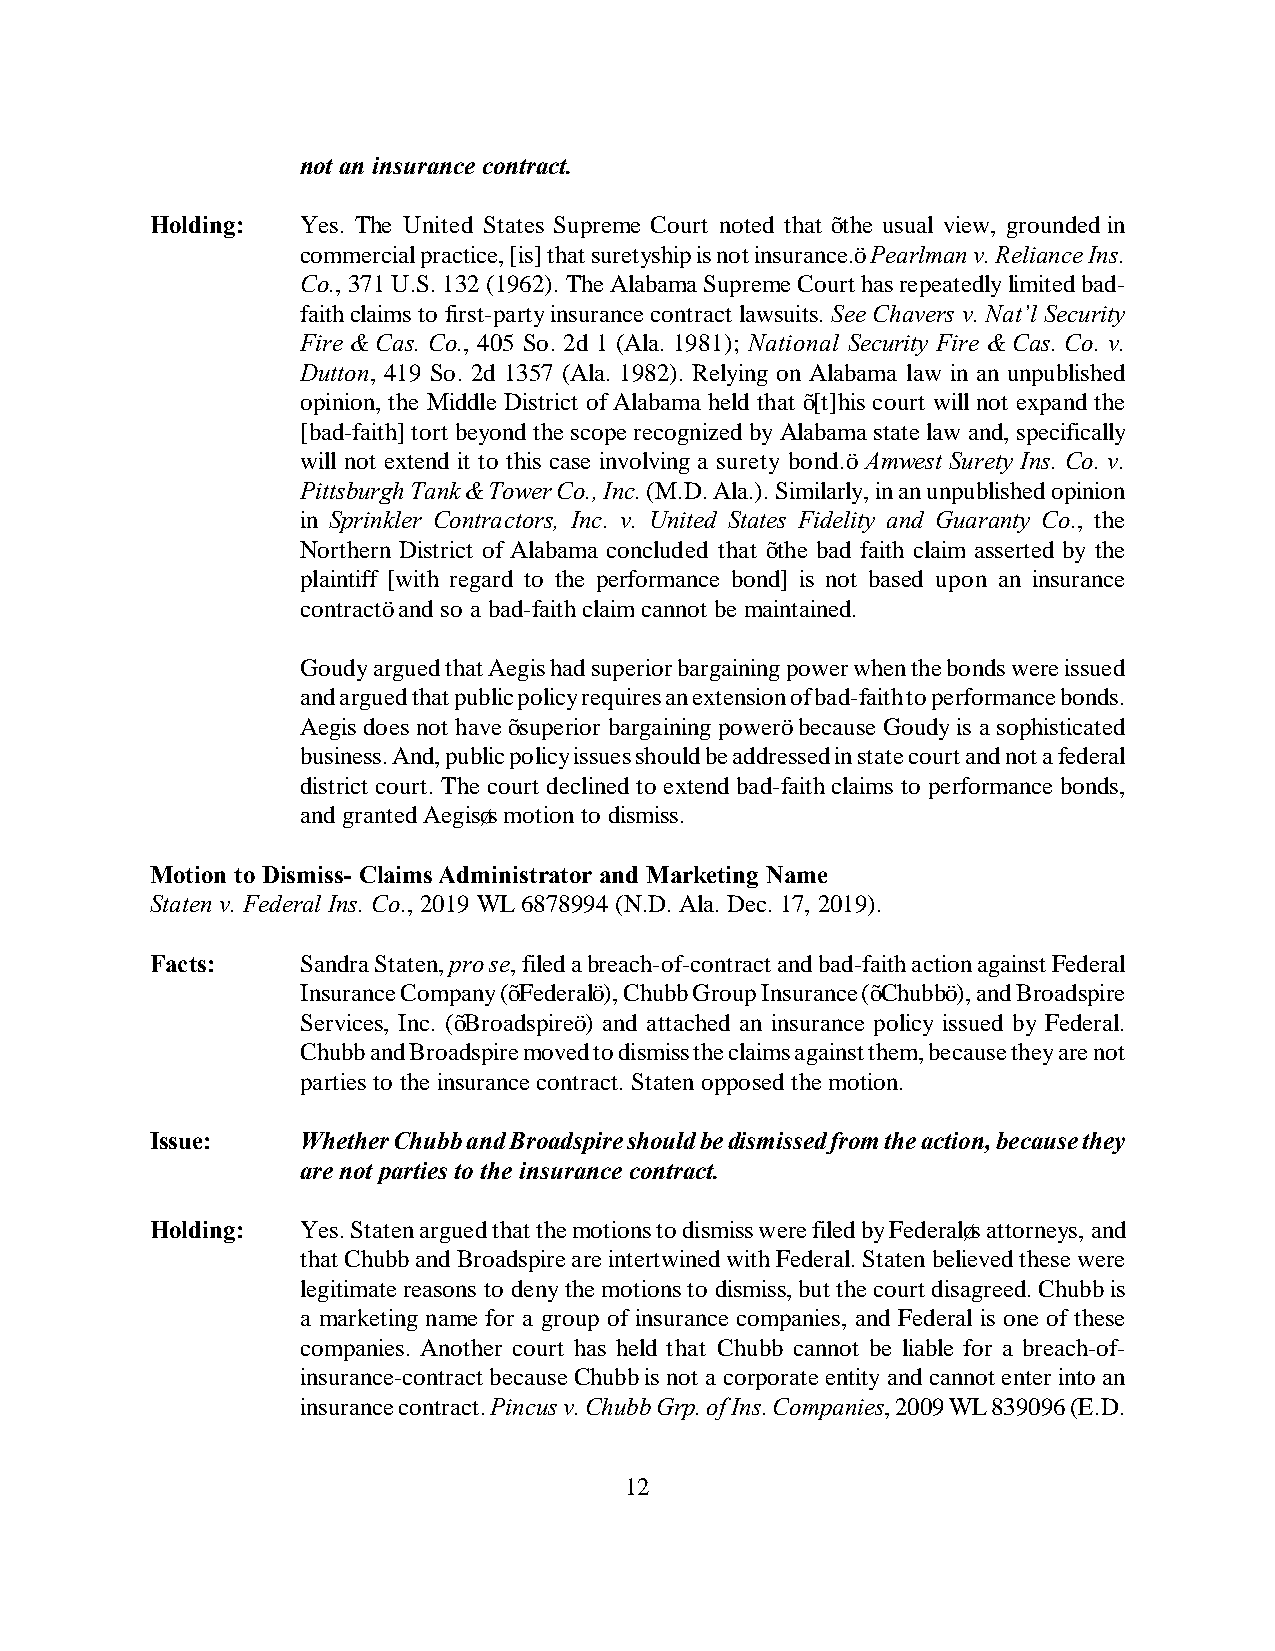
not an insurance contract.
 Holding:  Yes. The United States Supreme Court noted that “the usual view, grounded in
 commercial practice, [is] that suretyship is not insurance.” Pearlman v. Reliance Ins.
 Co., 371 U.S. 132 (1962). The Alabama Supreme Court has repeatedly limited bad-
 faith claims to first-party insurance contract lawsuits. See Chavers v. Nat’l Security
 Fire & Cas. Co., 405 So. 2d 1 (Ala. 1981); National Security Fire & Cas. Co. v.
 Dutton, 419 So. 2d 1357 (Ala. 1982). Relying on Alabama law in an unpublished
 opinion, the Middle District of Alabama held that “[t]his court will not expand the
 [bad-faith] tort beyond the scope recognized by Alabama state law and, specifically
 will not extend it to this case involving a surety bond.” Amwest Surety Ins. Co. v.
 Pittsburgh Tank & Tower Co., Inc. (M.D. Ala.). Similarly, in an unpublished opinion
 in Sprinkler Contractors, Inc. v. United States Fidelity and Guaranty Co., the
 Northern District of Alabama concluded that “the bad faith claim asserted by the
 plaintiff [with regard to the performance bond] is not based upon an insurance
 contract” and so a bad-faith claim cannot be maintained.
 Goudy argued that Aegis had superior bargaining power when the bonds were issued
 and argued that public policy requires an extension of bad-faith to performance bonds.
 Aegis does not have “superior bargaining power” because Goudy is a sophisticated
 business. And, public policy issues should be addressed in state court and not a federal
 district court. The court declined to extend bad-faith claims to performance bonds,
 and granted Aegis’s motion to dismiss.
 Motion to Dismiss- Claims Administrator and Marketing Name
 Staten v. Federal Ins. Co., 2019 WL 6878994 (N.D. Ala. Dec. 17, 2019).
 Facts:    Sandra Staten, pro se, filed a breach-of-contract and bad-faith action against Federal
 Insurance Company (“Federal”), Chubb Group Insurance (“Chubb”), and Broadspire
 Services, Inc. (“Broadspire”) and attached an insurance policy issued by Federal.
 Chubb and Broadspire moved to dismiss the claims against them, because they are not
 parties to the insurance contract. Staten opposed the motion.
 Issue:    Whether Chubb and Broadspire should be dismissed from the action, because they
 are not parties to the insurance contract.
 Holding:  Yes. Staten argued that the motions to dismiss were filed by Federal’s attorneys, and
 that Chubb and Broadspire are intertwined with Federal. Staten believed these were
 legitimate reasons to deny the motions to dismiss, but the court disagreed. Chubb is
 a marketing name for a group of insurance companies, and Federal is one of these
 companies. Another court has held that Chubb cannot be liable for a breach-of-
 insurance-contract because Chubb is not a corporate entity and cannot enter into an
 insurance contract. Pincus v. Chubb Grp. of Ins. Companies, 2009 WL 839096 (E.D.
 12